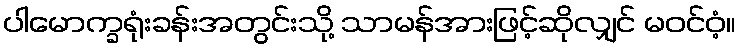
ပါမောက္ခရုံးခန်းအတွင်းသို့ သာမန်အားဖြင့်ဆိုလျှင် မဝင်ဝံ့။